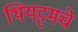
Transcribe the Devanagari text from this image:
थियट्टमचे